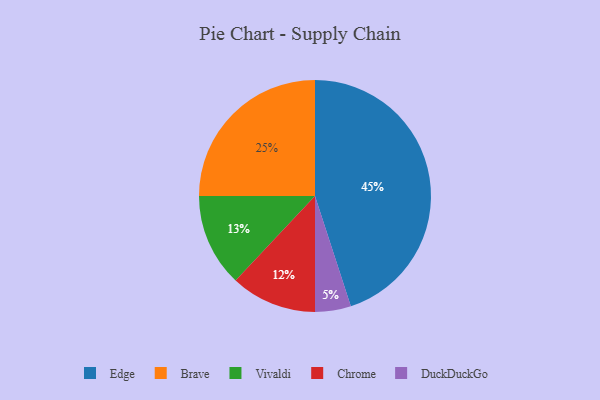
{"axis": {"x": "Category", "y": "Percentage"}, "legend": ["Brave", "Chrome", "DuckDuckGo", "Edge", "Vivaldi"], "data": [{"x": "Edge", "y": 45, "type": "Edge"}, {"x": "Brave", "y": 25, "type": "Brave"}, {"x": "Vivaldi", "y": 13, "type": "Vivaldi"}, {"x": "DuckDuckGo", "y": 5, "type": "DuckDuckGo"}, {"x": "Chrome", "y": 12, "type": "Chrome"}]}